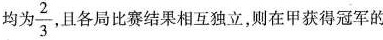
均为\frac{2}{3}，且各局比赛结果相互独立，则在甲获得冠军的